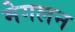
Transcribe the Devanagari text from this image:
मेगलन